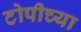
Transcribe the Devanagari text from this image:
टोपीच्या